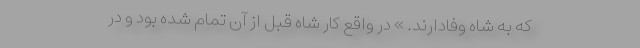
که به شاه وفادارند. » در واقع کار شاه قبل از آن تمام شده بود و در